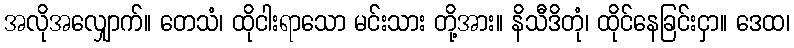
အလိုအလျှောက်။ တေသံ၊ ထိုငါးရာသော မင်းသား တို့အား။ နိသီဒိတုံ၊ ထိုင်နေခြင်းငှာ။ ဒေထ၊